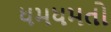
ધમધમતો